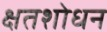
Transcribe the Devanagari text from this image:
क्षतशोधन